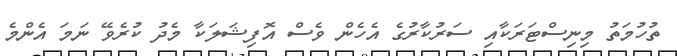
ތުހުމަތު މިނިސްޓަރަކާއި ސަރުކާރުގެ އެހެން ވެސް އޮފިޝަލަކާ މެދު ކުރެވޭ ނަމަ އެންމެ